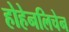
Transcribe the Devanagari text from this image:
होहेनलिचेन